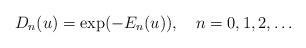
\begin{align*}D_n(u)=\exp(-E_n(u)),\quad n=0,1,2,\ldots\end{align*}